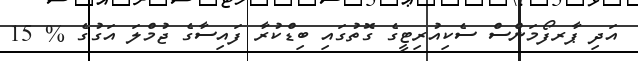
އަދި ޕާރފޯމަންސް ސެކިއުރިޓީގެ ގޮތުގައި ބިޑްކުރާ ފައިސާގެ ޖުމްލަ އަގުގެ % 15